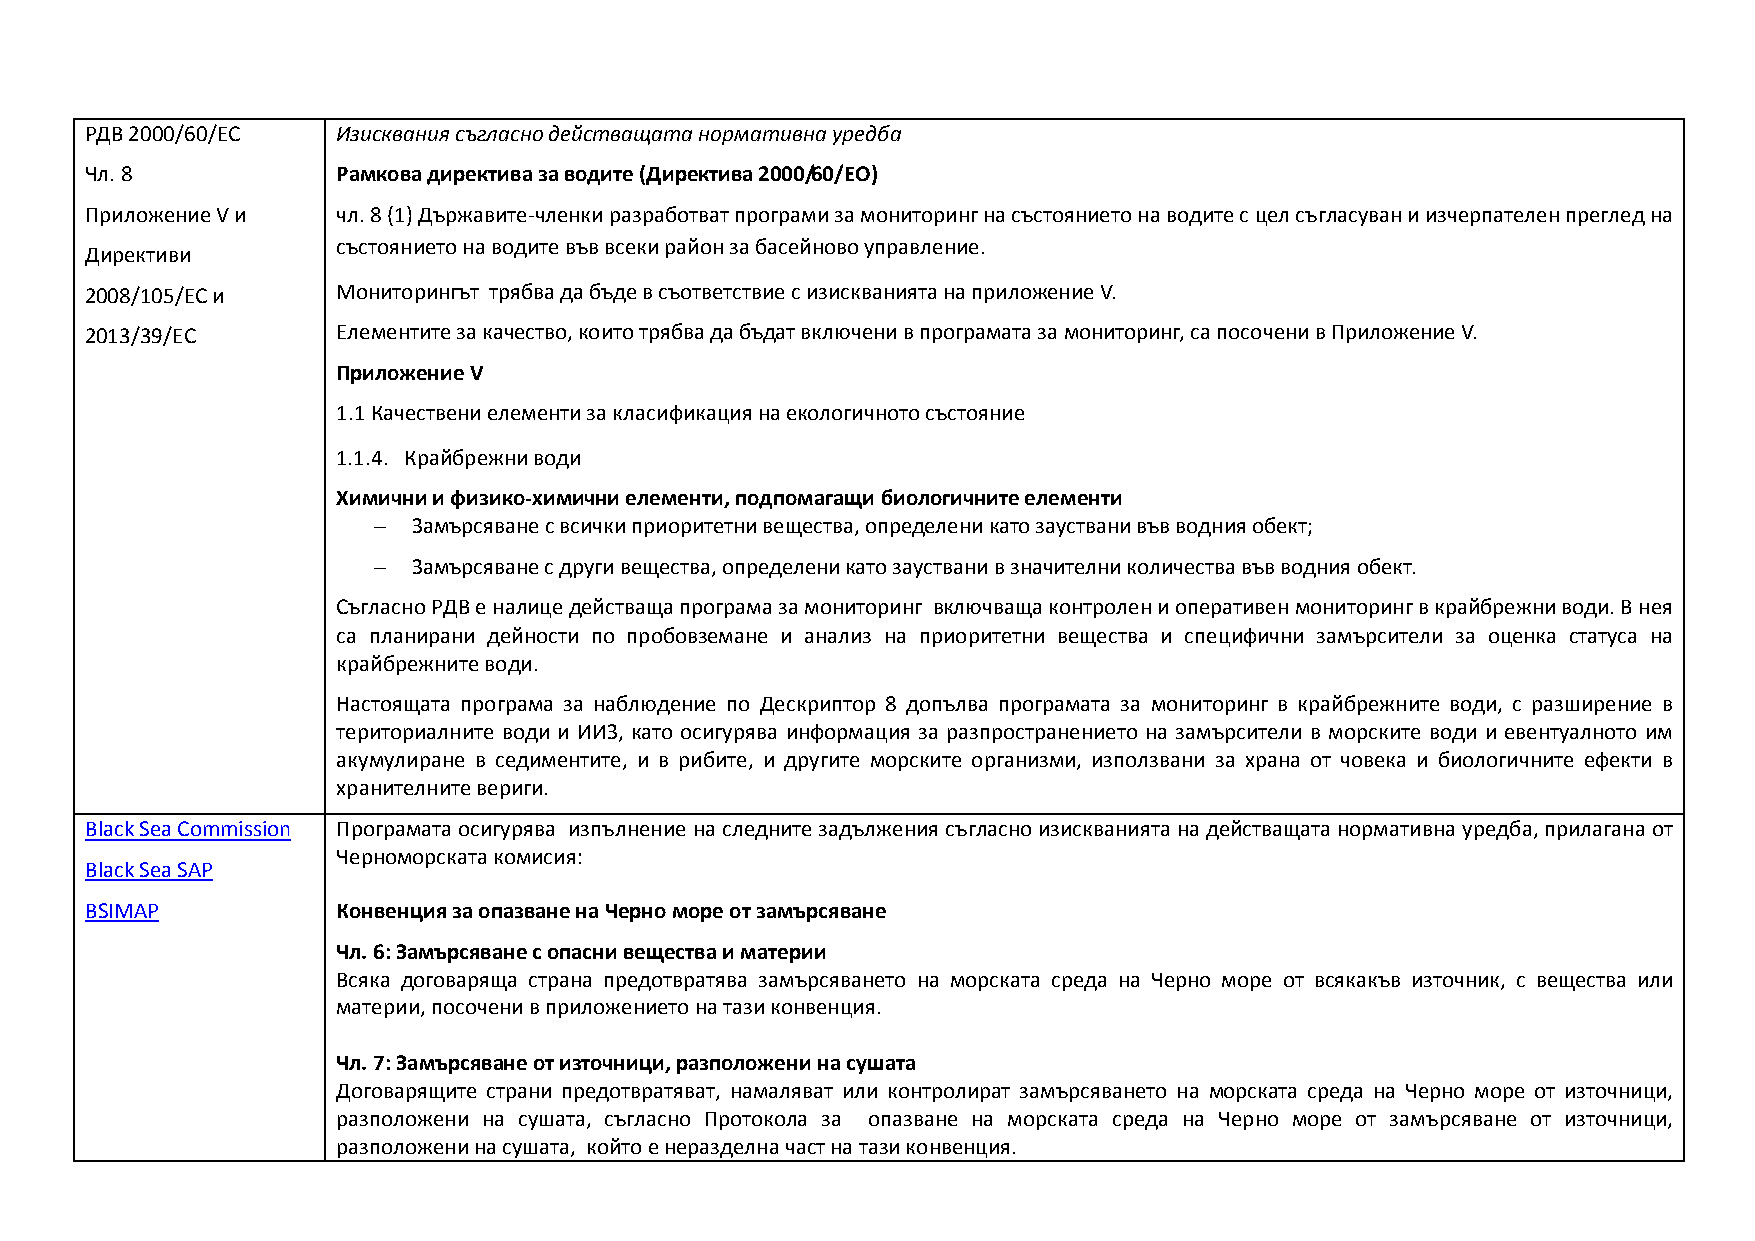
РДВ 2000/60/ЕС  Изисквания съгласно действащата нормативна уредба
 Чл. 8           Рамкова директива за водите (Директива 2000/60/ЕО)
 Приложение V и  чл. 8 (1) Държавите-членки разработват програми за мониторинг на състоянието на водите с цел съгласуван и изчерпателен преглед на
 състоянието на водите във всеки район за басейново управление.
 Директиви
 2008/105/ЕС и   Мониторингът трябва да бъде в съответствие с изискванията на приложение V.
 2013/39/ЕС      Елементите за качество, които трябва да бъдат включени в програмата за мониторинг, са посочени в Приложение V.
 Приложение V
 1.1 Качествени елементи за класификация на екологичното състояние
 1.1.4. Крайбрежни води
 Химични и физико-химични елементи, подпомагащи биологичните елементи
 – Замърсяване с всички приоритетни вещества, определени като зауствани във водния обект;
 – Замърсяване с други вещества, определени като зауствани в значителни количества във водния обект.
 Съгласно РДВ е налице действаща програма за мониторинг включваща контролен и оперативен мониторинг в крайбрежни води. В нея
 са планирани дейности по пробовземане и анализ на приоритетни вещества и специфични замърсители за оценка статуса на
 крайбрежните води.
 Настоящата програма за наблюдение по Дескриптор 8 допълва програмата за мониторинг в крайбрежните води, с разширение в
 териториалните води и ИИЗ, като осигурява информация за разпространението на замърсители в морските води и евентуалното им
 акумулиране в седиментите, и в рибите, и другите морските организми, използвани за храна от човека и биологичните ефекти в
 хранителните вериги.
 Black Sea Commission Програмата осигурява изпълнение на следните задължения съгласно изискванията на действащата нормативна уредба, прилагана от
 Черноморската комисия:
 Black Sea SAP
 BSIMAP          Конвенция за опазване на Черно море от замърсяване
 Чл. 6: Замърсяване с опасни вещества и материи
 Всяка договаряща страна предотвратява замърсяването на морската среда на Черно море от всякакъв източник, с вещества или
 материи, посочени в приложението на тази конвенция.
 Чл. 7: Замърсяване от източници, разположени на сушата
 Договарящите страни предотвратяват, намаляват или контролират замърсяването на морската среда на Черно море от източници,
 разположени на сушата, съгласно Протокола за опазване на морската среда на Черно море от замърсяване от източници,
 разположени на сушата, който е неразделна част на тази конвенция.